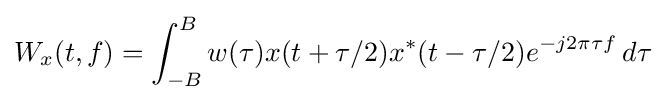
W_{x}(t,f)=\int _{-B}^{B}w(\tau )x(t+\tau /2)x^{*}(t-\tau /2)e^{-j2\pi \tau f}\,d\tau